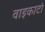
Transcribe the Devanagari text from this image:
वाइकाटो